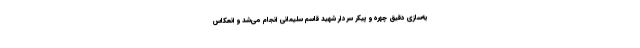
یه‌سازی دقیق چهره و پیکر سردار شهید قاسم سلیمانی انجام می‌شد و انعکاس